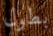
بطول